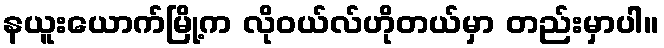
နယူးယောက်မြို့က လိုဝယ်လ်ဟိုတယ်မှာ တည်းမှာပါ။